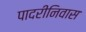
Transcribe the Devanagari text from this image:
पादरीनिवास